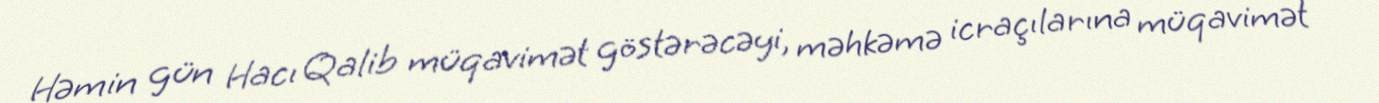
Həmin gün Hacı Qalib müqavimət göstərəcəyi, məhkəmə icraçılarına müqavimət